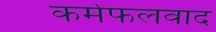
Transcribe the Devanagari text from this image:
कर्मफलवाद